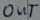
Text: OUT